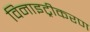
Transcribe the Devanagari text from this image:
विनाइट्रीकरण